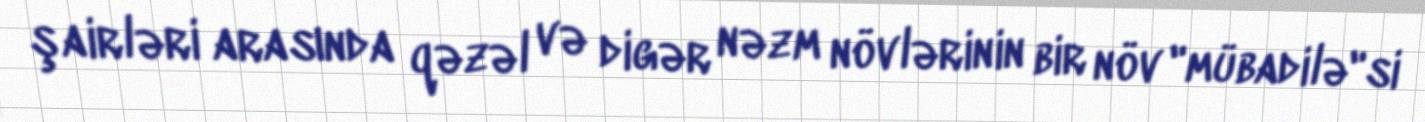
şairləri arasında qəzəl və digər nəzm növlərinin bir növ "mübadilə"si